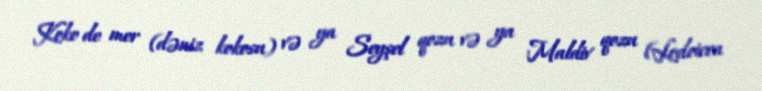
Koko de mer (dəniz kokosu) və ya Seyşel qozu və ya Maldiv qozu (Lodoicea